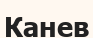
Канев